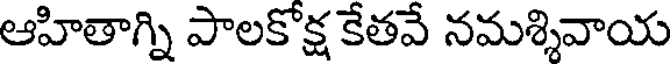
ఆహితాగ్ని పాలకోక్ష కేతవే నమశ్శివాయ